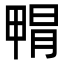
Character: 𭻝